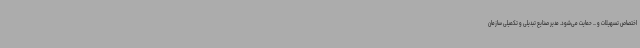
اختصاص تسهیلات و ... حمایت می‌شود. مدیر صنایع تبدیلی و تکمیلی سازمان